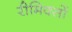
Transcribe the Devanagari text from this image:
रीमिक्सों